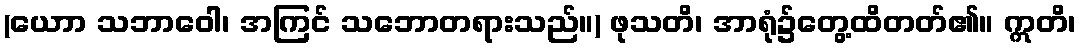
(ယောာ သဘာဝေါ၊ အကြင် သဘောတရားသည်။) ဖုသတိ၊ အာရုံ၌တွေ့ထိတတ်၏။ ဣတိ၊